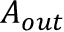
A _ { o u t }